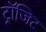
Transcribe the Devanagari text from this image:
ट्रॉजिट